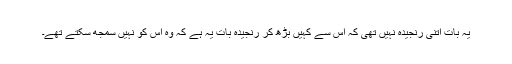
یہ بات اتنی رنجیدہ نہیں تھی کہ اس سے کہیں بڑھ کر رنجیدہ بات یہ ہے کہ وہ اس کو نہیں سمجھ سکتے تھے۔